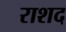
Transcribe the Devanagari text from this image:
राशद